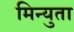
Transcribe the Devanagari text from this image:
मिन्युता